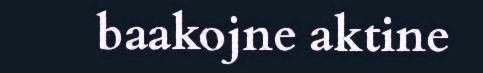
baakojne aktine